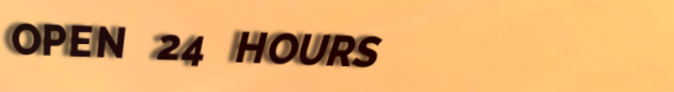
OPEN 24 HOURS